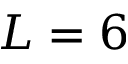
L = 6